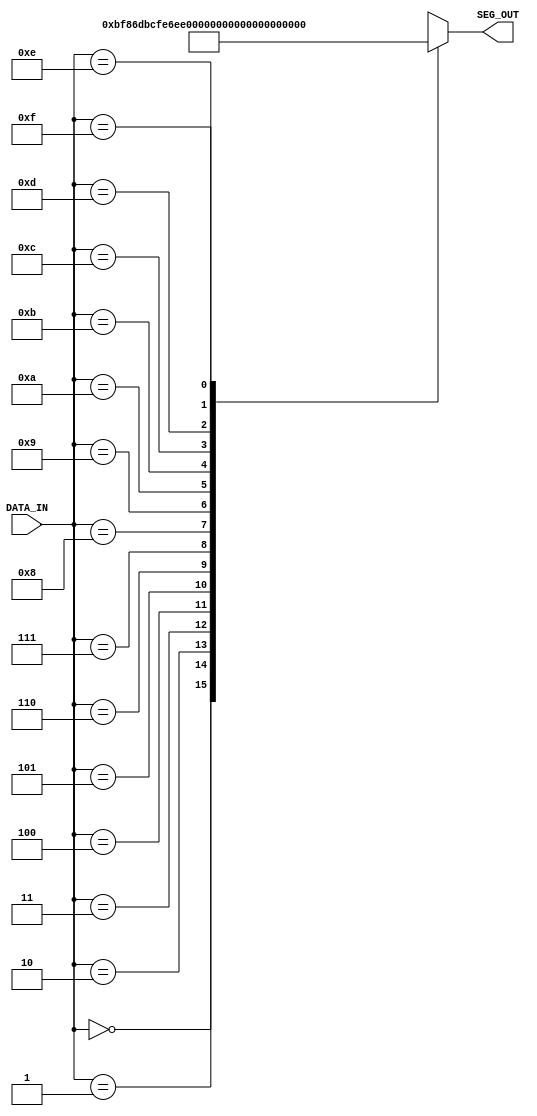
`timescale 1ns / 1ps
//////////////////////////////////////////////////////////////////////////////////
// Company: 
// Engineer: 
// 
// Design Name: 
// Module Name: decode
// Project Name: 
// Target Devices: 
// Tool Versions: 
// Description: 
// 
// Dependencies: 
// 
// Revision:
// Revision 0.01 - File Created
// Additional Comments:
// 
//////////////////////////////////////////////////////////////////////////////////

module decode(DATA_IN, SEG_OUT);
    input [3:0] DATA_IN;            // used to show which digit to display
    output [7:0] SEG_OUT;           // store the pattern of the digit to be displayed

    wire [7:0] number [15:0];       // number[i] = byte that displays i

    assign number[0] = 8'b10111111;
    assign number[1] = 8'b10000110;
    assign number[2] = 8'b11011011;
    assign number[3] = 8'b11001111;
    assign number[4] = 8'b11100110;
    assign number[5] = 8'b11101101;
    assign number[6] = 8'b11111101;
    assign number[7] = 8'b10100111;
    assign number[8] = 8'b11111111;
    assign number[9] = 8'b11101111;
    assign number[10] = 8'b11110111;
    assign number[11] = 8'b11111100;
    assign number[12] = 8'b11011000;
    assign number[13] = 8'b11011110;
    assign number[14] = 8'b11111001;
    assign number[15] = 8'b11110001;
    
    assign SEG_OUT = number[DATA_IN];
endmodule